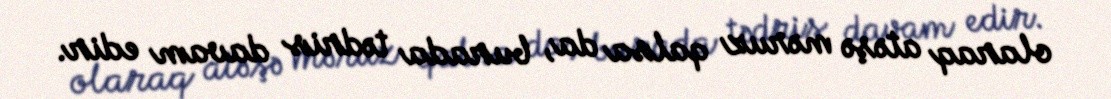
olaraq atəşə məruz qalsa da, burada tədris davam edir.